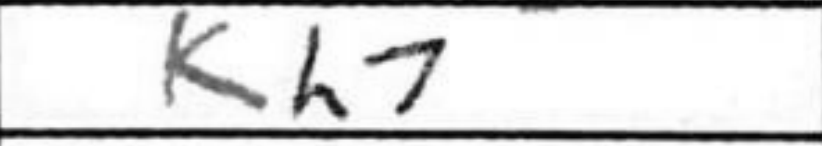
Transcription: Kh7